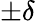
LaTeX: \pm\delta